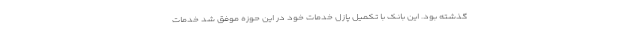
گذشته بود. این بانک با تکمیل پازل خدمات خود در این حوزه موفق شد خدمات